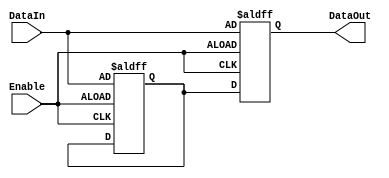
module Disable (
    input wire Enable,          // Control signal
    input wire [N-1:0] DataIn, // Input data (replace N with the desired width)
    output reg [N-1:0] DataOut // Output data (replace N with the desired width)
);
    parameter N = 8;           // Default width of data

    // Internal register to hold the last value of DataOut when disabled
    reg [N-1:0] last_value;

    always @(posedge Enable or negedge Enable) begin
        if (Enable) begin
            // When enabled, update DataOut with DataIn
            DataOut <= DataIn;
            last_value <= DataIn; // Store the last value
        end else begin
            // When disabled, hold the last value
            DataOut <= last_value;
        end
    end

endmodule